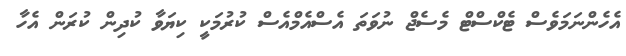
އެހެންނަމަވެސް ޓެކްސްޓް މެސެޖް ނުވަތަ އެސްއެމްއެސް ކުރުމަކީ ކިޔަވާ ކުދިން ކުރަން އެހާ